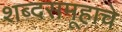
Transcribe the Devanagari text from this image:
शब्दसमूहाचे